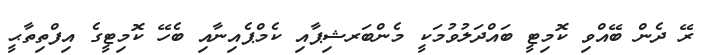
ރޭ ދެން ބޭއްވި ކޮމިޓީ ބައްދަލުވުމަކީ މެންބަރޝިޕާއި ކެމްޕެއިނާއި ބެހޭ ކޮމިޓީގެ އިފްތިތާޙީ